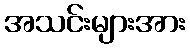
အသင်းများအား